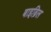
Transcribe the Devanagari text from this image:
बाइब्रिल